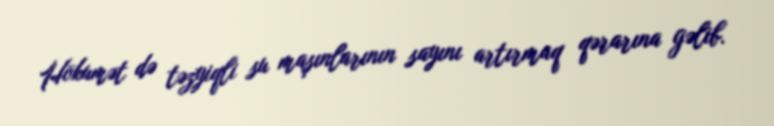
Hökumət də təzyiqli su maşınlarının sayını artırmaq qərarına gəlib.